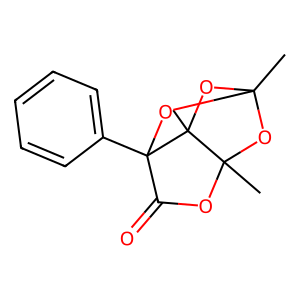
SMILES: CC12OC3(C)OC(=O)C(c4ccccc4)(O1)C3(C)O2
Inhibits HIV replication: No